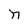
Character: n